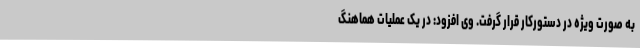
به صورت ویژه در دستورکار قرار گرفت. وی افزود: در یک عملیات هماهنگ